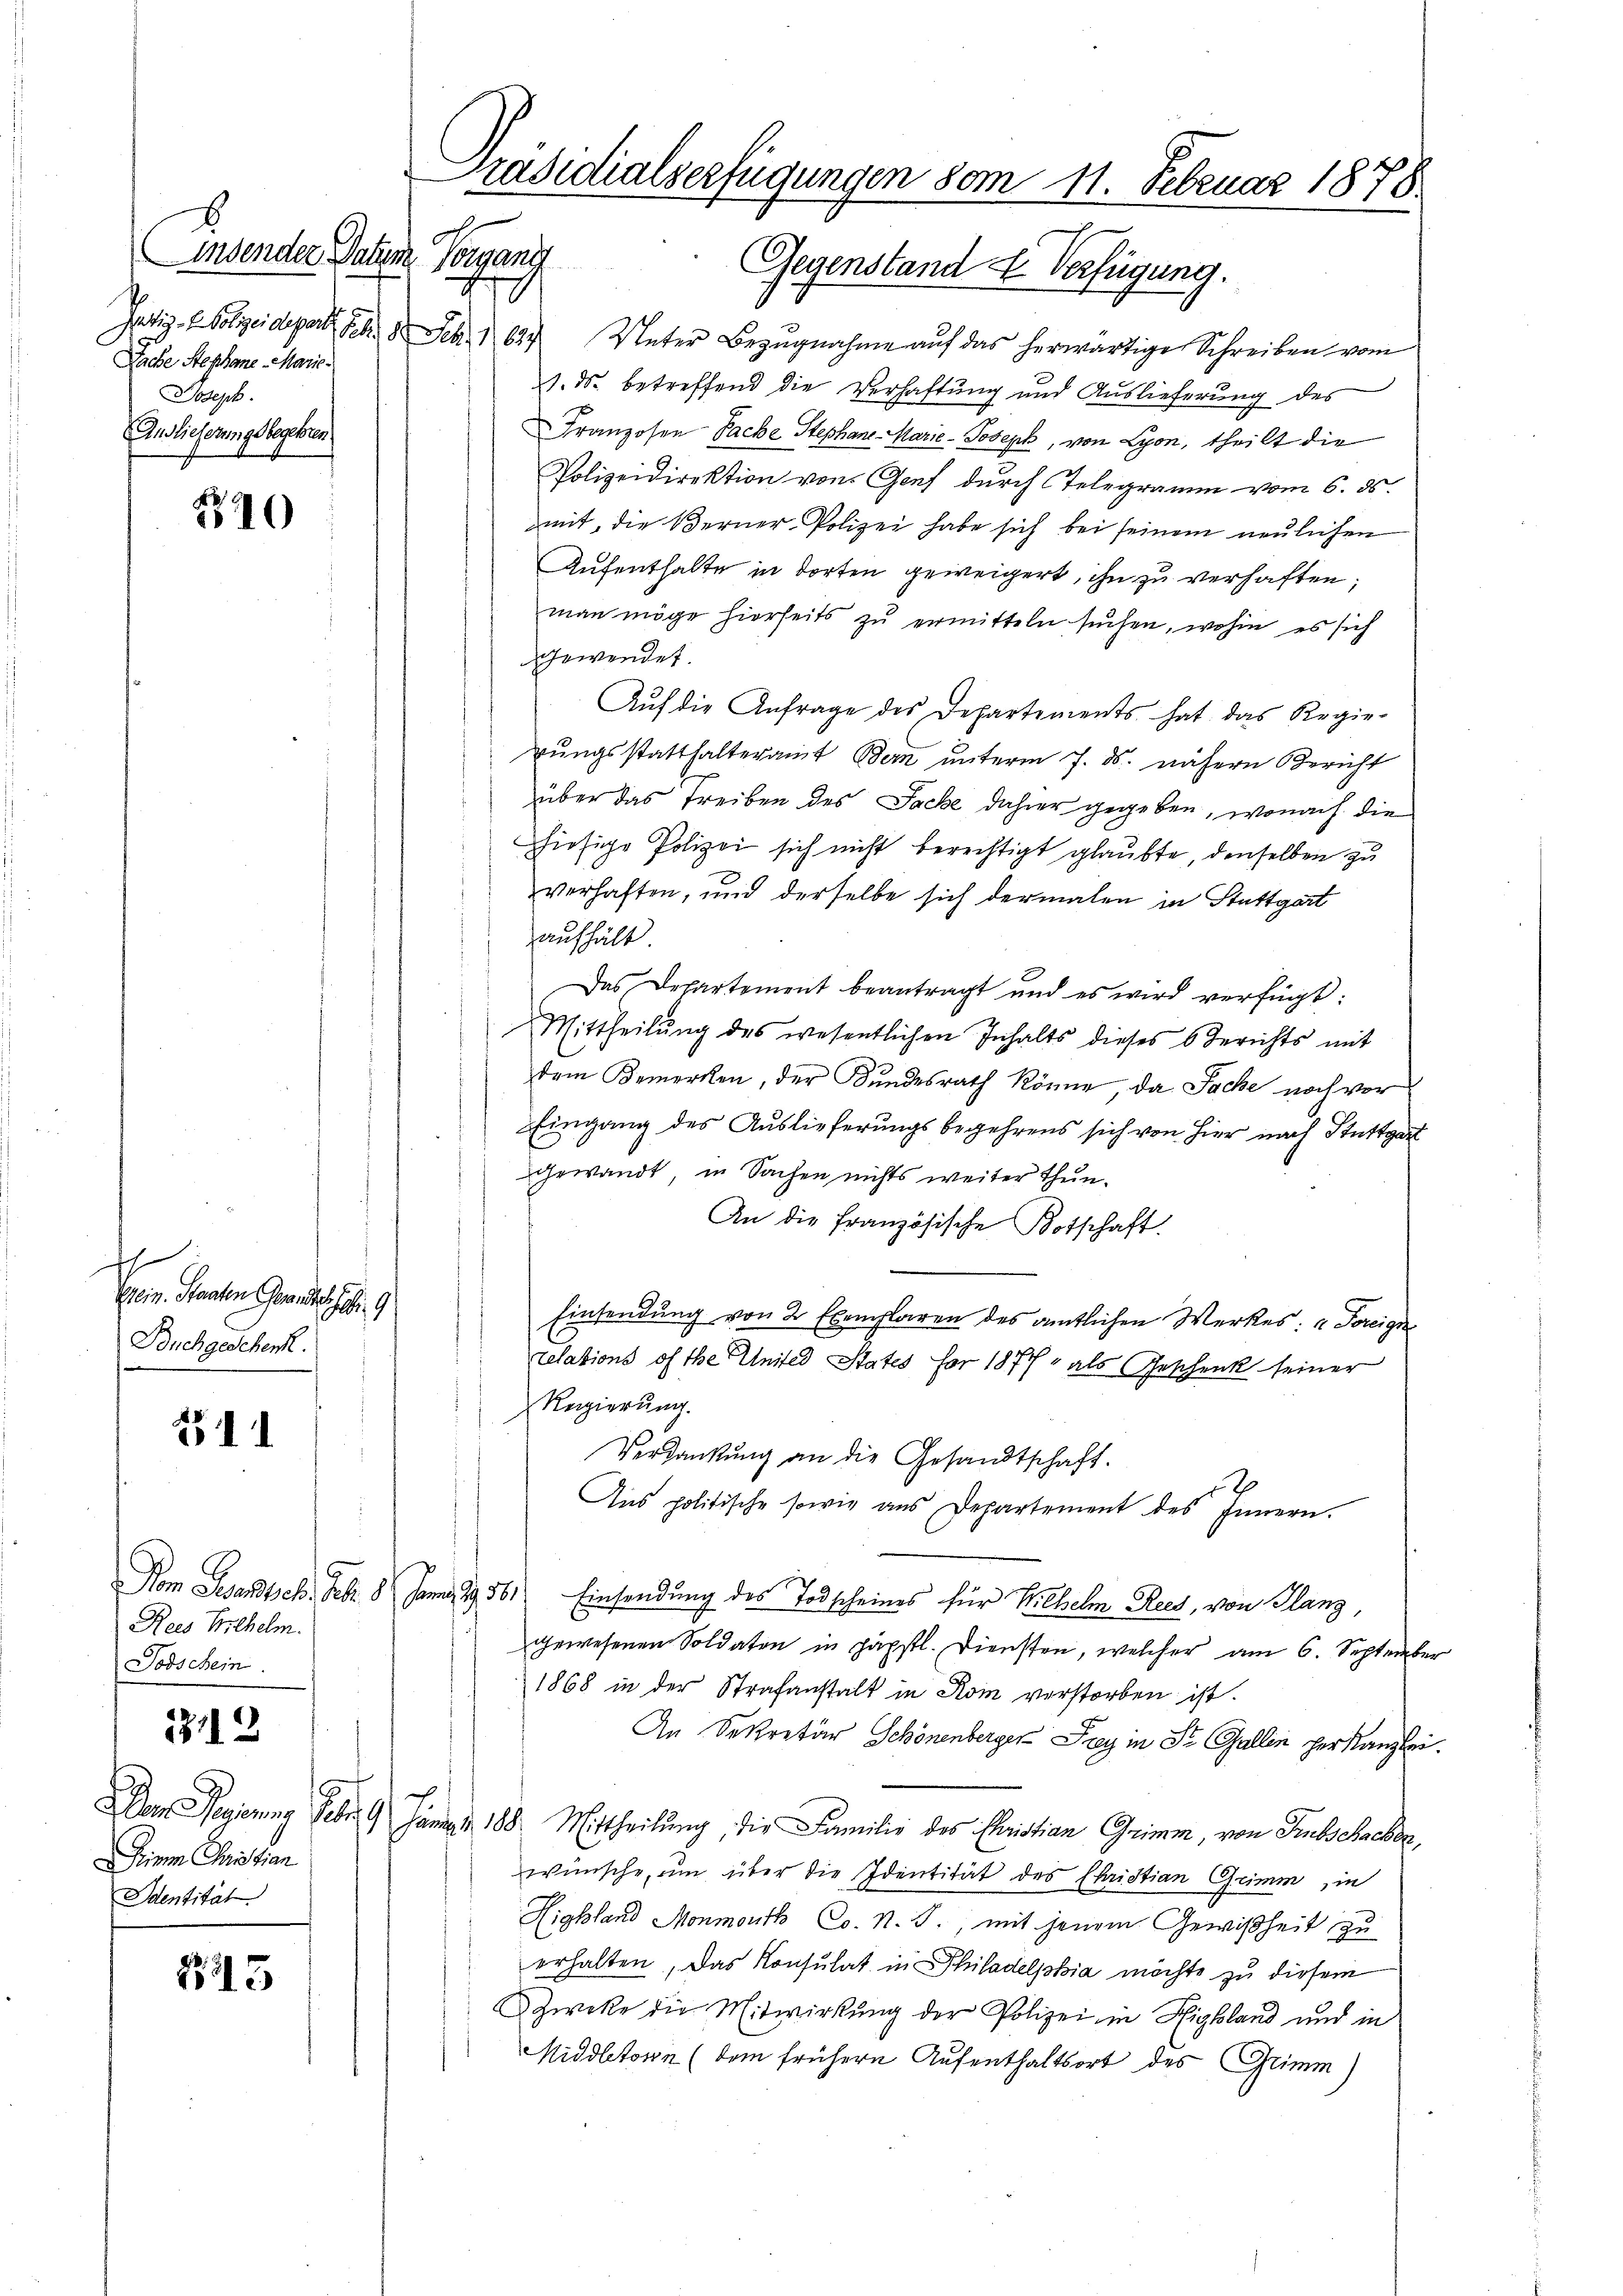
indender Datum
Sache Stephane Marie
Joseph.
Anslieferungsbegehren

310

sch
Klein. Staaten Gesandtes Joh. 9
Buchgeschen.

211

Rees Wilhelm.
Todschein

13112

Driem Christian
Identität.

25

Präsidialserfügungen vom 11. Februar 1878
Perpach
Gegenstand u. Verfügung.

hätig - Polizeidepart PG. 8. Febr. 1624 Veter Bezŭgnahme aŭf das herwärtige Schreiben vom
1. ds. betreffend die Verhaftung und Auslieferung des
Franzosen Sache Stephan-Marie-Joseph, von Lyon, theilt die
Polizeidirektion von Genf durch Telegramm vom 6. ds.
mit, die Berner-Polizei habe sich bei seinem neulichen
Aufenthalte in dorten geweigert, ihn zu verhaften;
man möge hierseits zu ermitteln suchen, wohin es sich
gewendet.
Auf die Anfrage des Departements hat das Regie-
rungsstatthalteramt Bern unterm 7. ds. nähern Bericht
über das Treiben des Jacke dahier gegeben, wonach die
hiesige Polizei sich nicht berechtigt glaubte, denselben zu
verhaften, und derselbe sich dermalen in Stuttgart
aufhält.
Das Departement beantragt und es wird verfügt:
Mittheilŭng des wesentlichen Inhalts dieses Berichts mit
dem Bemerken, der Bundesrath könne, da Sache noch vor
Eingang des Auslieferungsbegehrens sich von hier nach Stuttgart
gewandt in Sachen nichts weiter thun.
An die Französische Botschaft.
Einsendung von 2 Exemplaren des amtlichen Werkes: " Freigne
relations of the Unter States for 1877 als Geschenk seiner
Regierung.
Verdankŭng an die Gesandtschaft.
x
Aus politische sowie aus Departement des Innern.
Vom Gesandtsch. Febr. 8. Jan. 19561) Einsendung des Todscheines für Wilhelm Reces, von Glanz,
gewesenen Soldaten in päpstl. Diensten, welcher am 6. September
1868 in der Strafanstalt in Rom verstorben ist.
An Sekretär Schönenberger Frey in Dr. Gallen her Kanzlei.
Der Regierung Febr. 19 Jäner 188 Mittheilung, die Familie des Christian Grimm, von Gibschacker,
wünsche, um über die Identität des Christian Grimm in
Highland Monmouth Co. N. T., mit jenem Gewißheit zu
erhalten, das Konsulat in Philadelphia möchte zu diesem
Zweke die Mitwirkung der Polizei in Highland und in
Middletorn (dem frühere Aufenthaltsort des Grimm)